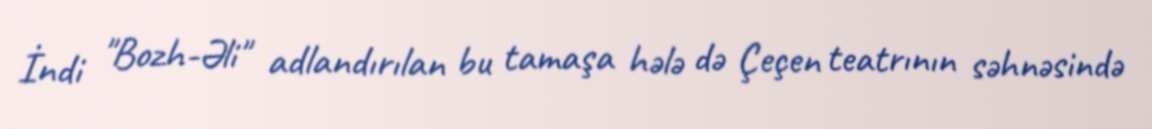
İndi "Bozh-Əli" adlandırılan bu tamaşa hələ də Çeçen teatrının səhnəsində